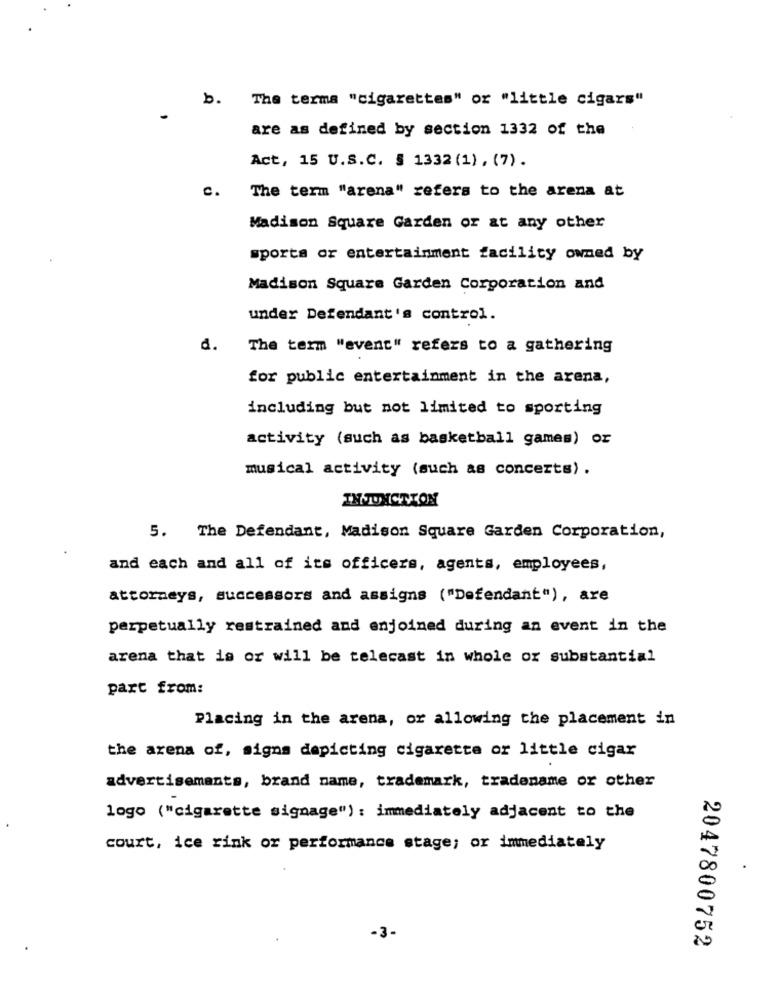
b. The terma "cigarettes" or "little cigars"
are as defined by section 1332 of the
Act, 15 U.S.C. § 1332 (1) , (7).
c .
The term "arena" refers to the arena at
Madison Square Garden or at any other
sports or entertainment facility owned by
Madison Square Garden Corporation and
under Defendant's control.
d.
The term "event" refers to a gathering
for public entertainment in the arena,
including but not limited to sporting
activity (such as basketball games) or
musical activity (such as concerts).
INJONCTION
5. The Defendant, Madison Square Garden Corporation,
and each and all of its officers, agents, employees,
attorneys, successors and assigns ("Defendant"), are
perpetually restrained and enjoined during an event in the
arena that is or will be telecast in whole or substantial
part from:
Placing in the arena, or allowing the placement in
the arena of, signs depicting cigarette or little cigar
advertisements, brand name, trademark, tradename or other
logo ("cigarette signage"): immediately adjacent to the
court, ice rink or performance stage; or immediately
-3-
2047800752